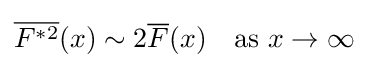
{\overline {F^{*2}}}(x)\sim 2{\overline {F}}(x)\quad {\mbox{as }}x\to \infty